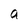
Character: a